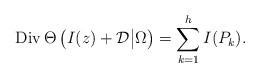
LaTeX: \begin{align*}{\rm Div}\, \Theta\left(I(z)+{\cal D}\big|\Omega\right)=\sum_{k=1}^hI(P_k).\end{align*}